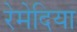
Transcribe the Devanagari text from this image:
रेमेदिया